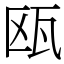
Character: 瓯